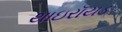
થાઇરૉયડ